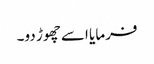
فرمایا اسے چھوڑ دو۔